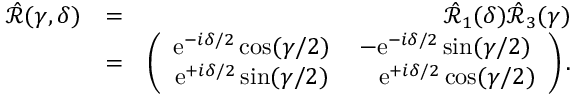
\begin{array} { r l r } { \hat { \mathcal { R } } ( \gamma , \delta ) } & { = } & { \hat { \mathcal { R } } _ { 1 } ( \delta ) \hat { \mathcal { R } } _ { 3 } ( \gamma ) } \\ & { = } & { \left( \begin{array} { c c } { \mathrm { e } ^ { - i \delta / 2 } \cos ( \gamma / 2 ) } & { - \mathrm { e } ^ { - i \delta / 2 } \sin ( \gamma / 2 ) } \\ { \mathrm { e } ^ { + i \delta / 2 } \sin ( \gamma / 2 ) } & { \ \ \ \mathrm { e } ^ { + i \delta / 2 } \cos ( \gamma / 2 ) } \end{array} \right) . } \end{array}